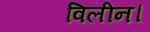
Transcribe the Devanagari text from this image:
विलीन।